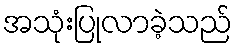
အသုံးပြုလာခဲ့သည်